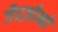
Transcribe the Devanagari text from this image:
जैरज़ीन्हो